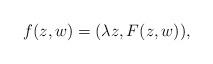
LaTeX: \begin{align*}f(z,w)=(\lambda z, F(z,w)),\end{align*}